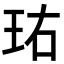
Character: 𬍘